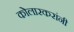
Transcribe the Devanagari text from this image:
कोलारकरांनी